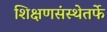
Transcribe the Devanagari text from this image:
शिक्षणसंस्थेतर्फे